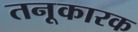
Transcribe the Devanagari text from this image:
तनूकारक